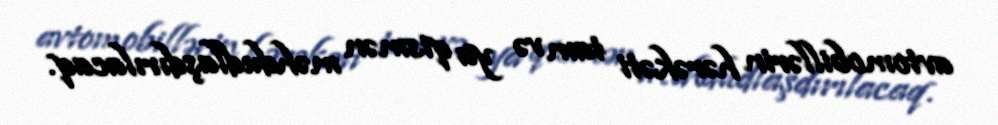
avtomobillərin hərəkəti tam və ya qismən məhdudlaşdırılacaq.